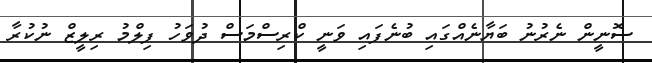
ސޮނީން ނެރުނު ބަޔާނެއްގައި ބުނެފައި ވަނީ ކްރިސްމަސް ދުވަހު ފިލްމު ރިލީޒް ނުކުރާ